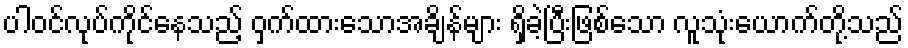
ပါဝင်လုပ်ကိုင်နေသည့် ဝှက်ထားသောအချိန်များ ရှိခဲ့ပြီးဖြစ်သော လူသုံးယောက်တို့သည်